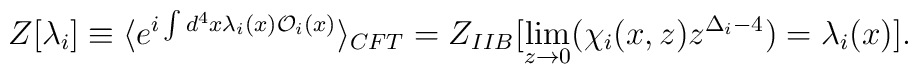
Z[\lambda_i] \equiv \langle e^{i \int d^4x \lambda_i(x) {\cal O}_i(x)}\rangle_{CFT} = Z_{IIB}[\lim_{z \to 0}(\chi_i(x,z) z^{\Delta_i-4}) = \lambda_i(x)].